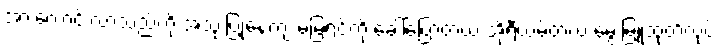
အားကောင်းလာသည်ကို အသုံးပြုနေကျ မမြရင်ကို ခေါ်ပြောတယ် အိုရီယမ်တယ် မွေးမြူထုတ်လုပ်